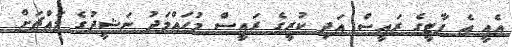
އެއީ އެ ޕާޓީގެ ރައީސް އަދި ކުރީގެ ރައީސް މުހައްމަދު ނަޝީދުގެ މައްޗަށް